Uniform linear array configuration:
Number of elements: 48
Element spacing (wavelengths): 0.25
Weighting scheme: hann
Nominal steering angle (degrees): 15
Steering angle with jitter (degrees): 13.097
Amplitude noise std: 0.05
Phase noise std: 0.05

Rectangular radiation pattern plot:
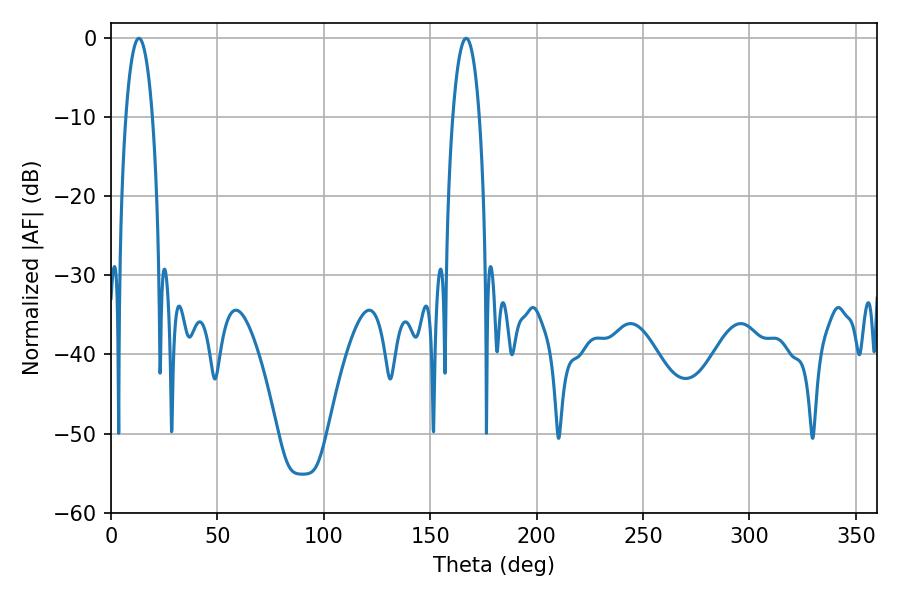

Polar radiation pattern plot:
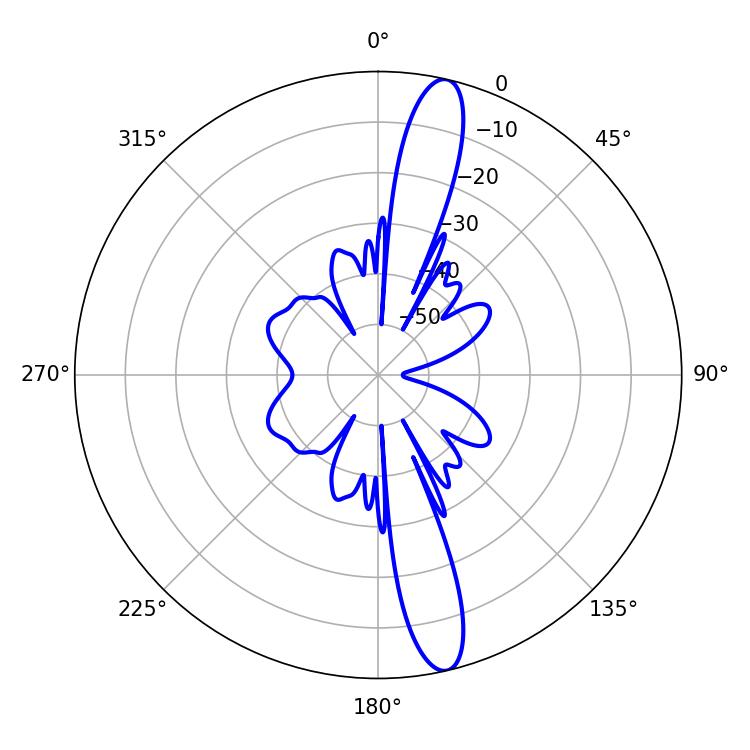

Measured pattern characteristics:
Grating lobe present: FALSE
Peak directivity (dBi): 15.286
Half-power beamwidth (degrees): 6.84
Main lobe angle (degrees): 13.14